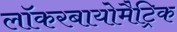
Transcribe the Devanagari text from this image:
लॉकरबायोमैट्रिक